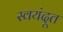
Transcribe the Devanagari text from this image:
स्वयंदूत